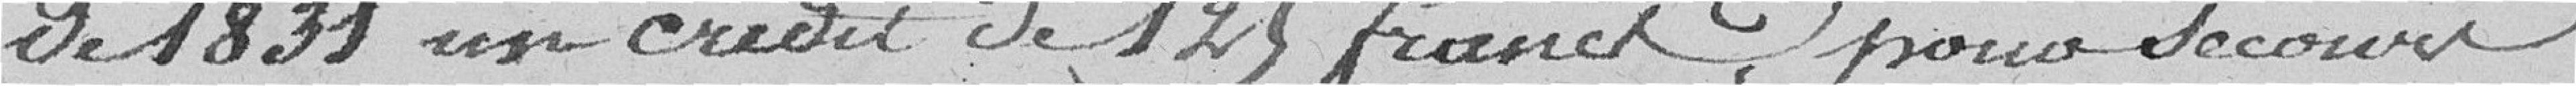
de 1831 un crédit de 125 francs pour secours